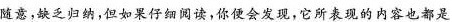
随意，缺乏归纳，但如果仔细闻读，你发现，它所现的内容也都是